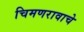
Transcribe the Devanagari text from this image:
चिमणरावाचे